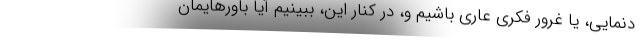
دنمایی، یا غرور فکری عاری باشیم و، در کنارِ این، ببینیم آیا باورهایمان